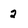
Character: 2